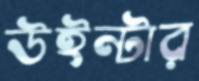
উইন্টার